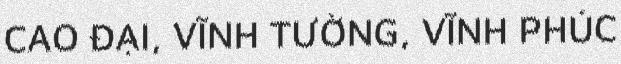
CAO ĐẠI, VĨNH TƯỜNG, VĨNH PHÚC